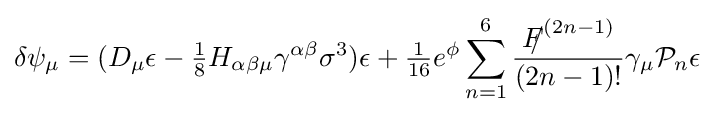
\delta \psi _{\mu }=(D_{\mu }\epsilon -{\tfrac {1}{8}}H_{\alpha \beta \mu }\gamma ^{\alpha \beta }\sigma ^{3})\epsilon +{\tfrac {1}{16}}e^{\phi }\sum _{n=1}^{6}{\frac {{F\!\!\!/}^{(2n-1)}}{(2n-1)!}}\gamma _{\mu }{\mathcal {P}}_{n}\epsilon